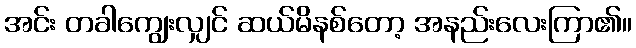
အင်း တခါကျွေးလျှင် ဆယ်မိနစ်တော့ အနည်းလေးကြာ၏။